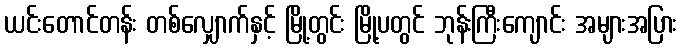
ယင်းတောင်တန်း တစ်လျှောက်နှင့် မြို့တွင်း မြို့ပတွင် ဘုန်းကြီးကျောင်း အများအပြား